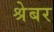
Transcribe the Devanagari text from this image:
श्रेबर